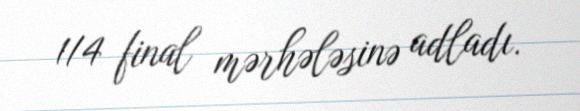
1/4 final mərhələsinə adladı.